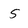
Character: 5